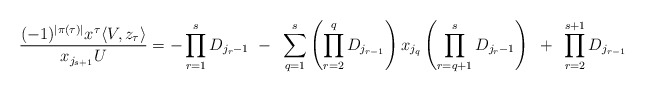
\begin{align*}\frac{(-1)^{|\pi(\tau)|} x^\tau \langle V,z_\tau\rangle }{x_{j_{s+1}}U}&= -\prod_{r=1}^{s} D_{j_{r}-1}~-~\sum_{q=1}^{s} \left(\prod_{r=2}^q D_{j_{r-1}}\right)x_{j_q} \left(\prod_{r=q+1}^{s} D_{j_{r}-1} \right)~+~\prod_{r=2}^{s+1} D_{j_{r-1}}\end{align*}